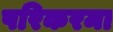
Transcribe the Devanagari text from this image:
परिकरमा